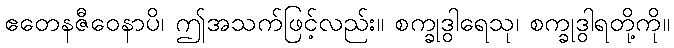
ဧတေနဇီဝေနာပိ၊ ဤအသက်ဖြင့်လည်း။ စက္ခုဒွါရေသု၊ စက္ခုဒွါရတို့ကို။